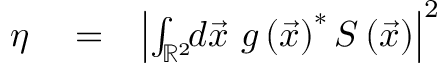
\begin{array} { r l r } { \eta } & { { } = } & { \left| \int _ { \mathbb { R } ^ { 2 } } \! \! d \vec { x } \ g \left( \vec { x } \right) ^ { \ast } S \left( \vec { x } \right) \right| ^ { 2 } } \end{array}